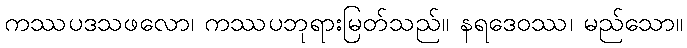
ကဿပဒသဖလော၊ ကဿပဘုရားမြတ်သည်။ နရဒေဝဿ၊ မည်သော။